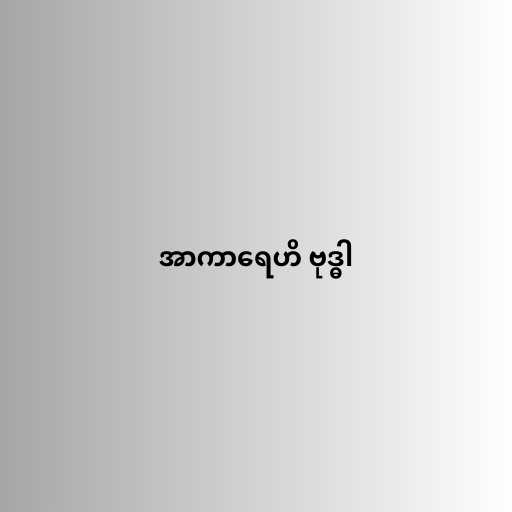
အာကာရေဟိ ဗုဒ္ဓါ